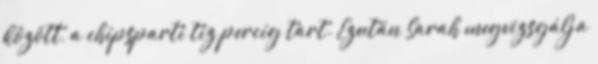
között, a chipsparti tíz percig tart. Ezután Sarah megvizsgálja